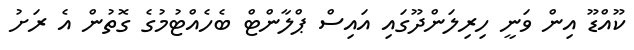
ކޫއްޑޫ އިން ވަނީ ހިރިލަންދޫގައި އައިސް ޕްލާންޓް ބެހެއްޓުމުގެ ގޮތުން އެ ރަށު